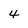
Character: 4